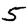
Digit: 5